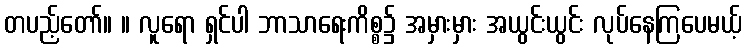
တပည့်တော်။ ။ လူရော ရှင်ပါ ဘာသာရေးကိစ္စ၌ အမှားမှား အယွင်းယွင်း လုပ်နေကြပေမယ့်